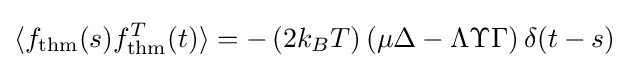
\langle f_{\mathrm {thm} }(s)f_{\mathrm {thm} }^{T}(t)\rangle =-\left(2k_{B}{T}\right)\left(\mu \Delta -\Lambda \Upsilon \Gamma \right)\delta (t-s)